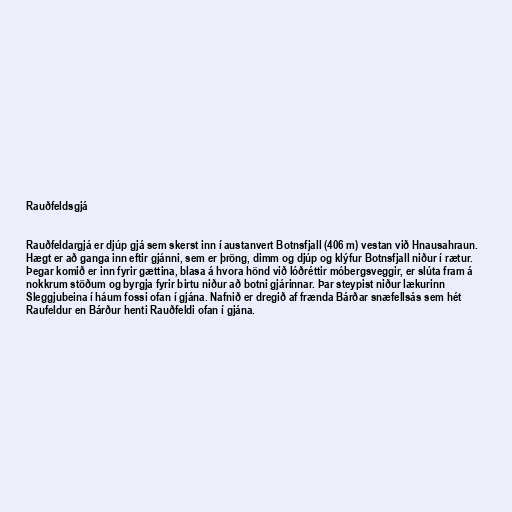
Rauðfeldsgjá

Rauðfeldargjá er djúp gjá sem skerst inn í austanvert Botnsfjall (406 m) vestan við Hnausahraun.
Hægt er að ganga inn eftir gjánni, sem er þröng, dimm og djúp og klýfur Botnsfjall niður í rætur.
Þegar komið er inn fyrir gættina, blasa á hvora hönd við lóðréttir móbergsveggir, er slúta fram á
nokkrum stöðum og byrgja fyrir birtu niður að botni gjárinnar. Þar steypist niður lækurinn
Sleggjubeina í háum fossi ofan í gjána. Nafnið er dregið af frænda Bárðar snæfellsás sem hét
Raufeldur en Bárður henti Rauðfeldi ofan í gjána.